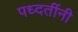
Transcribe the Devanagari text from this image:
पध्दतींनी